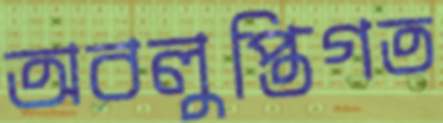
অবলুপ্তিগত